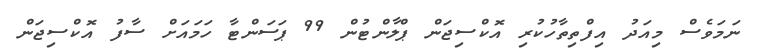
ނަމަވެސް މިއަދު އިފްތިތާހުކުރި އޮކްސިޖަން ޕްލާންޓުން 99 ޕަސަންޓާ ހަމައަށް ސާފު އޮކްސިޖަން